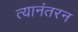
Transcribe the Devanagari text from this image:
त्यानंतरन